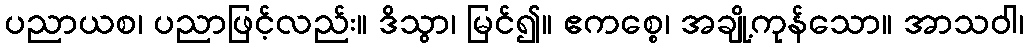
ပညာယစ၊ ပညာဖြင့်လည်း။ ဒိသွာ၊ မြင်၍။ ဧကစ္စေ၊ အချို့ကုန်သော။ အာသဝါ၊